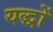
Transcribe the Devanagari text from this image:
यद्धों